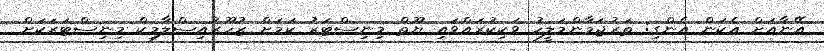
އޭނާއަށް އެކަން އެންގި: ތަރުޖަމާންމަލީހު ވަކިކުރައްވައި ޔޫތް މިނިސްޓަރު ކަމަށް ޒުހޫރުއިސްލާމިކް މިނިސްޓަރަކަށް